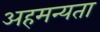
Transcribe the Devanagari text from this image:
अहमन्यता